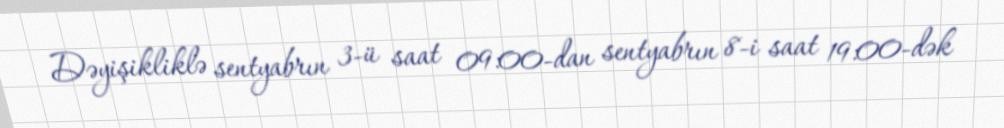
Dəyişikliklə sentyabrın 3-ü saat 09:00-dan sentyabrın 8-i saat 19:00-dək